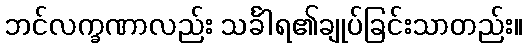
ဘင်လက္ခဏာလည်း သင်္ခါရ၏ချုပ်ခြင်းသာတည်း။